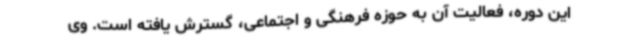
این دوره، فعالیت آن به حوزه فرهنگی و اجتماعی، گسترش یافته است. وی